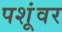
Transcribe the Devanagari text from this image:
पशूंवर